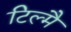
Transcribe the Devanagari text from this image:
टिल्मै